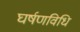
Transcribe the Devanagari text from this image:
घर्षणविधि